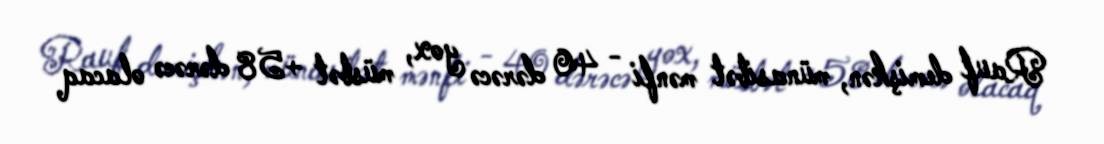
Rauf demişkən, münasibət mənfi - 40 dərəcə yox, müsbət +58 dərəcə olacaq